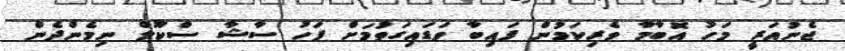
ޖެނުއަރީ މަހު އޮބާމާ ވެރިކަމުން ފައިބާ ވަޑައިގަތުމަށް ފަހު ސާޝާ ސްކޫލް ނިމެންދެން